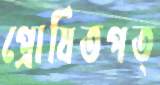
প্রোষিতপত্